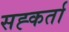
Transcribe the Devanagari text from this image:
सह्कर्ता